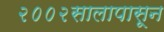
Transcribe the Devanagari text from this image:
२००२सालापासून